Civil Veterinary Dept. North-West Frontier Province 1901-22 - 1901-1922
Year: 1901
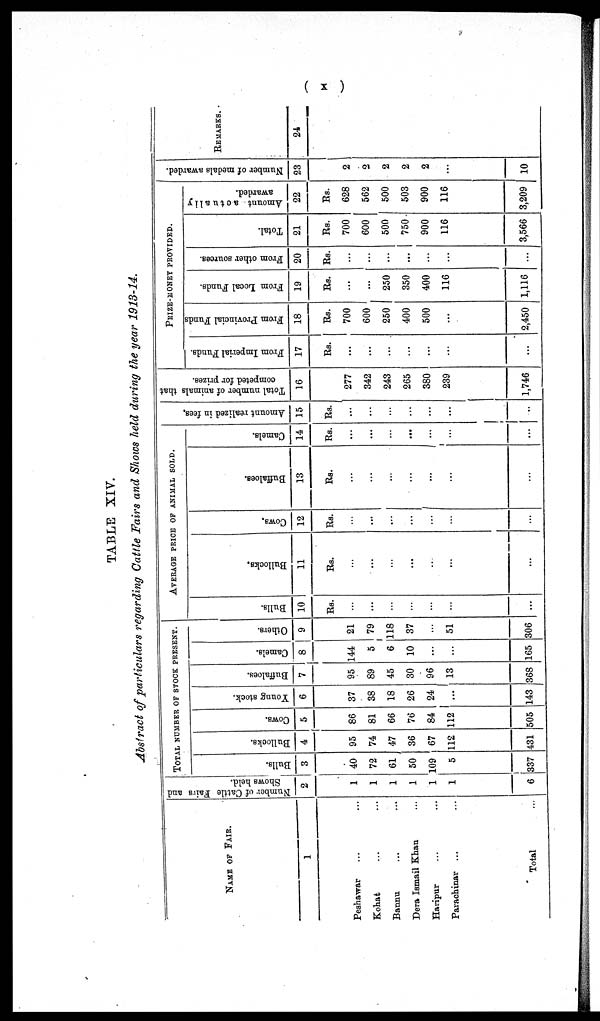
( x )
TABLE XIV.
Abstract of particulars regarding Cattle Fairs and Shows held during the year 1913-14.
NAME OF FAIR.
1
Peshawar ... ...
Kohat ... ...
Bannu ... ...
Dera Ismail Khan ...
Haripur ... ...
Parachinar ... ...
Total ...
Number
of Cattle Fairs and
Shows held.
2
1
1
1
1
1
1
6
TOTAL NUMBER OF STOCK PRESENT.
Bulls.
3
40
72
61
50
109
5
337
Bullocks.
4
95
74
47
36
67
112
431
Cows.
5
86
81
66
76
84
112
505
Young stock.
6
37
38
18
26
24
...
143
Buffaloes.
7
95
89
45
30
96
13
368
Camels.
8
144
5
6
10
...
...
165
Others.
9
21
79
118
37
...
51
306
AVERAGE PRICE OF ANIMAL SOLD.
Bulls.
10
Rs.
...
...
...
...
...
...
...
Bullocks.
11
Rs.
...
...
...
...
...
...
...
Cows.
12
Rs.
...
...
...
...
...
...
...
Buffaloes.
13
Rs.
...
...
...
...
...
...
...
Camels.
14
Rs.
...
...
...
...
...
...
...
Amo u n t r eal i zed in fees.
15
Rs.
...
...
...
...
...
...
...
Total number of animals that
competed for prizes.
16
277
342
243
265
380
239
1,746
PRIZE-MONEY PROVIDED.
From Imperial Funds.
17
Rs.
...
...
...
...
...
...
...
From Provincial Funds
18
Rs.
700
600
250
400
500
...
2,450
From Local Funds.
19
Rs.
...
...
250
350
400
116
1,116
From other sources.
20
Rs.
...
...
...
...
...
...
...
Total.
21
Rs.
700
600
500
750
900
116
3,566
Amount actually
awarded.
22
Rs.
628
562
500
503
900
116
3,209
Number of medals awarded.
23
2
2
2
2
2
...
10
REMARKS.
24